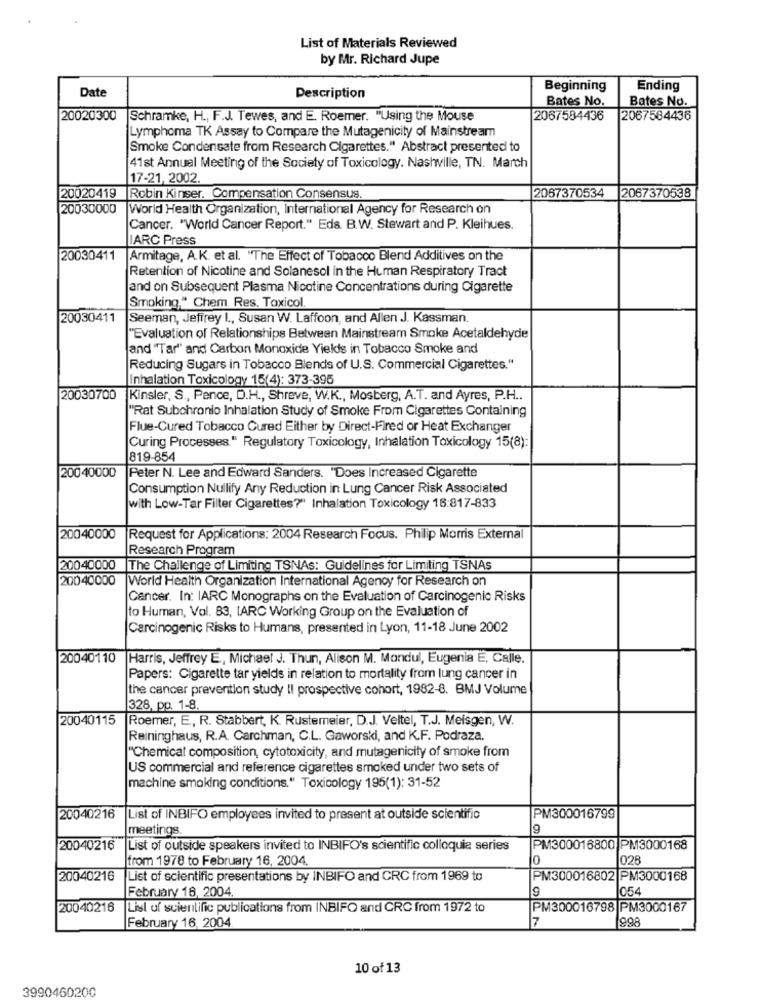
List of Materials Reviewed
by Mr. Richard Jupe
Date
Beginning
Ending
Description
Bates No.
Bates No.
20020300
Schramke, H ., F.J. Tewes, and E. Roemer. "Using the Mouse
2067584436
2067584436
Lymphoma TK Assay to Compare the Mutagenicity of Mainstream
Smoke Condensate from Research Cigarettes." Abstract presented to
41st Annual Meeting of the Society of Toxicology. Nashville, TN. March
17-21, 2002.
20020419
Robin Kinser. Compensation Consensus
2067370534
2067370538
20030000
World Health Organization, International Agency for Research on
Cancer. "World Cancer Report." Eds. B.W. Stewart and P. Kleihues.
IARC Press
20030411
Armitage, A.K. et al. "The Effect of Tobacco Blend Additives on the
Retention of Nicotine and Solanesol in the Human Respiratory Tract
and on Subsequent Plasma Nicotine Concentrations during Cigarette
Smoking," Chem Res. Toxicol
20030411
Seeman, Jeffrey I ., Susan W. Laffoon, and Allen J. Kassman.
"Evaluation of Relationships Between Mainstream Smoke Acetaldehyde
and "Tar" and Carbon Monoxide Yields in Tobacco Smoke and
Reducing Sugars in Tobacco Blends of U.S. Commercial Cigarettes."
Inhalation Toxicology 15(4): 373-395
20030700
Kinsler, S ., Pence, D.H ., Shreve, W.K ., Mosberg, A.T. and Ayres, P.H ..
"Rat Subchronio Inhalation Study of Smoke From Cigarettes Containing
Flue-Cured Tobacco Cured Either by Direct-Fired or Heat Exchanger
Curing Processes." Regulatory Toxicology, Inhalation Toxicology 15(8):
819-854
20040000
Peter N. Lee and Edward Sanders. "Does Increased Cigarette
Consumption Nullify Any Reduction in Lung Cancer Risk Associated
with Low-Tar Filter Cigarettes?" Inhalation Toxicology 16:817-833
20040000
Request for Applications: 2004 Research Focus. Philip Morris External
Research Program
20040000
The Challenge of Limiting TSNAs: Guidelines for Limiting TSNAs
20040000
World Health Organization International Agency for Research on
Cancer. In: IARC Monographs on the Evaluation of Carcinogenic Risks
to Human, Vol. 83, IARC Working Group on the Evaluation of
Carcinogenic Risks to Humans, presented in Lyon, 11-18 June 2002
20040110
Harris, Jeffrey E ., Michael J. Thun, Alison M. Mondul, Eugenia È, Calle.
Papers: Cigarette tar yields in relation to mortality from lung cancer in
the cancer prevention study Il prospective cohort, 1982-8. BMJ Volume
328, pp. 1-8.
20040115
Roemer, E ., R. Stabbert, K. Rustemeier, D.J. Veltel, T.J. Meisgen, W.
Reininghaus, R.A. Carchman, C.L. Gaworski, and K.F. Podraza.
"Chemical composition, cytotoxicity, and mutagenicity of smoke from
US commercial and reference cigarettes smoked under two sets of
machine smoking conditions." Toxicology 195(1): 31-52
20040216
List of INBIFO employees invited to present at outside scientific
PM300016799
meetings.
9
20040216
List of outside speakers invited to INBIFO's scientific colloquie series
PM300016800 PM3000168
from 1978 to February 16, 2004.
0
028
20040216
List of scientific presentations by INBIFO and CRC from 1969 to
PM300016802 PM3000168
February 16, 2004.
9
054
20040216
List of scientific publications from INBIFO and CRC from 1972 to
PM300016798 PM3000167
7
998
February 16, 2004
10 of 13
3990460200